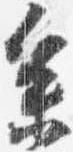
参